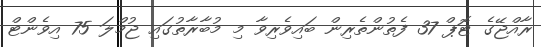
ރާއްޖޭގެ ޓޮޕް 37 ފެތުންތެރިން ބައިވެރިވާ މި މުބާރާތުގައި ޖުމްލަ 75 އިވެންޓް